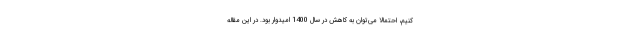
کنیم، احتمالا می‌توان به کاهش در سال 1400 امیدوار بود. در این مقاله